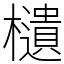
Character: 𣟧